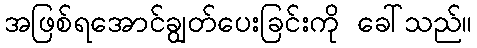
အဖြစ်ရအောင်ချွတ်ပေးခြင်းကို ခေါ်သည်။